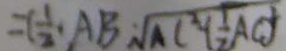
= ( \frac { 1 } { 2 } \cdot A B \cdot \sqrt { A C ^ { 2 } \cdot ( \frac { 1 } { 2 } A C } )